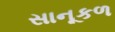
સાનૂકળ